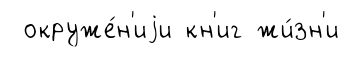
окруже́н'иjи кн'иг жи́зн'и